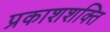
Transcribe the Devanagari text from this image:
प्रकाशशक्ति